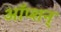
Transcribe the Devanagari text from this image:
ऑप्शन्